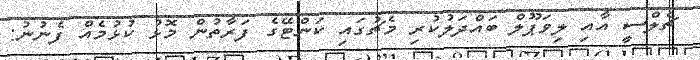
ޗެލްސީ އާއި ލިވަޕޫލް ބައްދަލުކުރި މެޗުގައި ކަންޓޭގެ ފަރާތުން މޮޅު ކުޅުމެއް ފެނުނު: